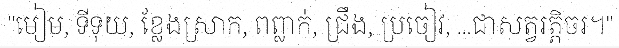
"មៀម, ទីទុយ, ខ្លែងស្រាក, ពព្លាក់, ជ្រឹង, ប្រចៀវ, ...ជាសត្វរត្តិចរ។"